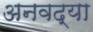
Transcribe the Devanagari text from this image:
अनवद्या